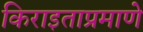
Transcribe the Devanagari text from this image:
किराइताप्रमाणे